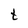
Character: t